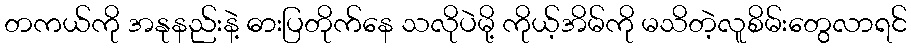
တကယ်ကို အနုနည်းနဲ့ ဓားပြတိုက်နေ သလိုပဲမို့ ကိုယ့်အိမ်ကို မသိတဲ့လူစိမ်းတွေလာရင်